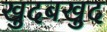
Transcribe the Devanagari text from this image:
खुदबखुद